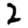
Digit: 2